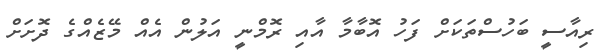
ރިއާސީ ބަހުސްތަކަށް ފަހު އޮބާމާ އާއި ރޮމްނީ އަލުން އެއް މޭޒެއްގެ ދޮށަށް